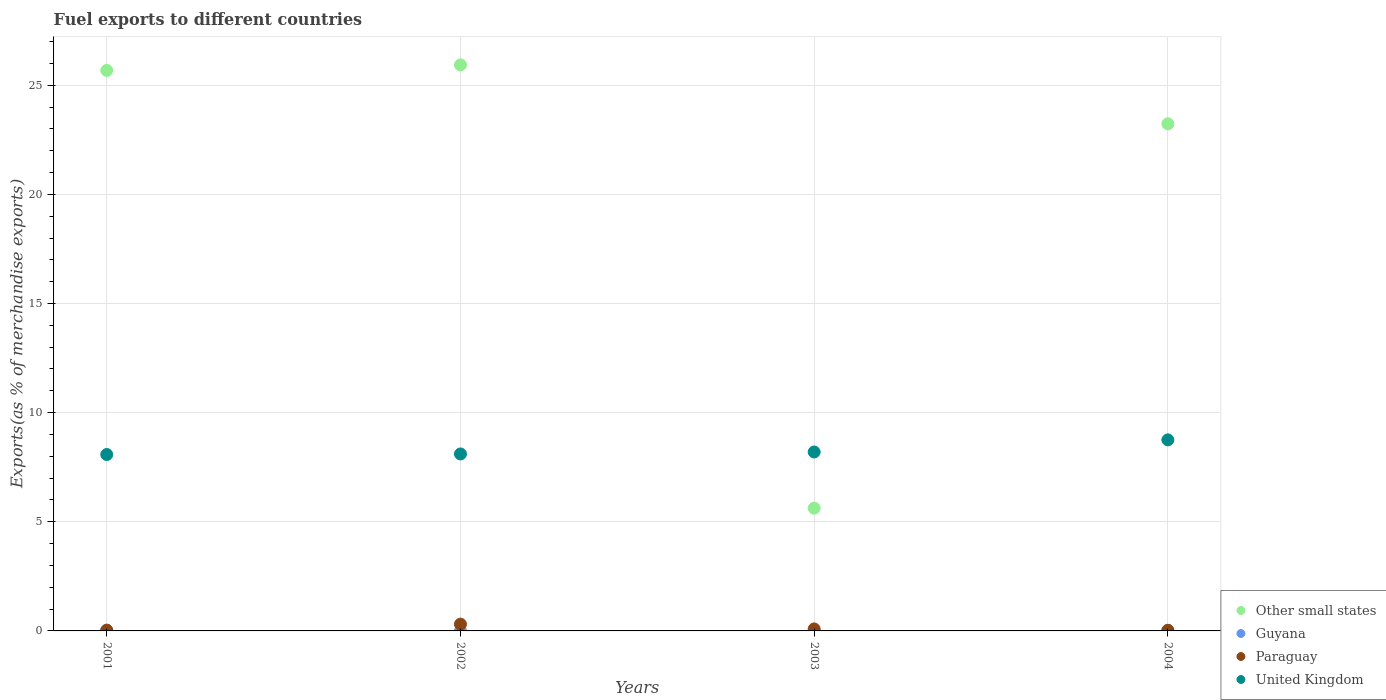
| Years | Other small states | Guyana | Paraguay | United Kingdom |
 | --- | --- | --- | --- | --- |
 | 2001 | 25.7 | 0.00809 | 0.0368 | 8.08 |
 | 2002 | 25.9 | 1.42e-05 | 0.31 | 8.11 |
 | 2003 | 5.63 | 0.00148 | 0.0911 | 8.2 |
 | 2004 | 23.2 | 0.022 | 0.0289 | 8.75 |